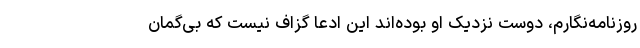
روزنامه‌نگارم، دوست نزدیک او بوده‌اند این ادعا گزاف نیست که بی‌گمان